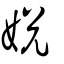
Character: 娧